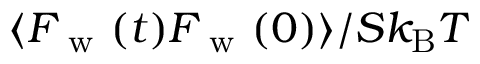
\langle F _ { \mathrm { ~ w ~ } } ( t ) F _ { \mathrm { ~ w ~ } } ( 0 ) \rangle / S k _ { \mathrm { B } } T